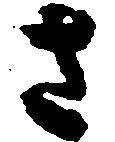
さ